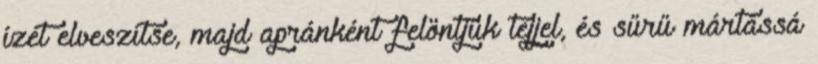
ízét elveszítse, majd apránként felöntjük tejjel, és sűrű mártássá